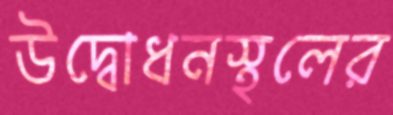
উদ্বোধনস্থলের